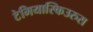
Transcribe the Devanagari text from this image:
टेमियास्किउरुस